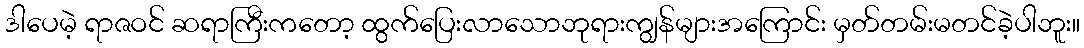
ဒါပေမဲ့ ရာဇဝင် ဆရာကြီးကတော့ ထွက်ပြေးလာသောဘုရားကျွန်များအကြောင်း မှတ်တမ်းမတင်ခဲ့ပါဘူး။